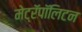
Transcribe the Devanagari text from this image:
मेट्रॅपॉलिटन